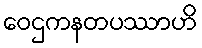
ဝေဌကနတပဿာဟိ